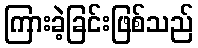
ကြားခဲ့ခြင်းဖြစ်သည်